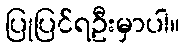
ပြုပြင်ရဦးမှာပါ။